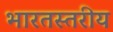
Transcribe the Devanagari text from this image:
भारतस्तरीय